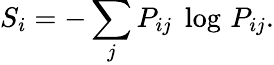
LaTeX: S_{i}=-\sum_{j}P_{ij}\; \log\, P_{ij}.